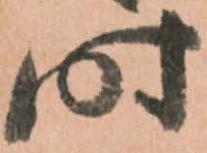
時